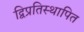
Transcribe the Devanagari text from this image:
द्विप्रतिस्थापित